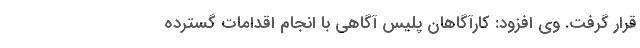
قرار گرفت. وی افزود: کارآگاهان پلیس آگاهی با انجام اقدامات گسترده